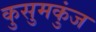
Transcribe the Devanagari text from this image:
कुसुमकुंज